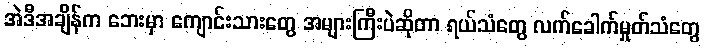
အဲဒီအချိန်က ဘေးမှာ ကျောင်းသားတွေ အများကြီးပဲဆိုတာ ရယ်သံတွေ လက်ခေါက်မှုတ်သံတွေ